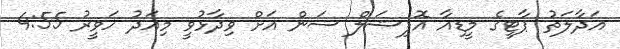
އަދާލަތު ޕާޓީގެ މީޑިއާ އޮފިޝަލް ސަން އަށް ވިދާޅުވީ މިއަދު ހަވީރު 4:55